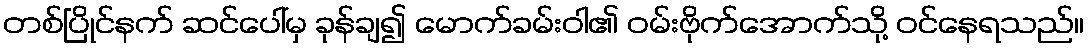
တစ်ပြိုင်နက် ဆင်ပေါ်မှ ခုန်ချ၍ မောက်ခမ်းဝါ၏ ဝမ်းဗိုက်အောက်သို့ ဝင်နေရသည်။